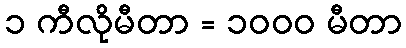
၁ ကီလိုမီတာ = ၁၀၀၀ မီတာ